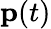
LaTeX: \mathbf p(t)